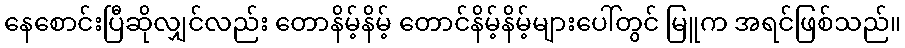
နေစောင်းပြီဆိုလျှင်လည်း တောနိမ့်နိမ့် တောင်နိမ့်နိမ့်များပေါ်တွင် မြူက အရင်ဖြစ်သည်။